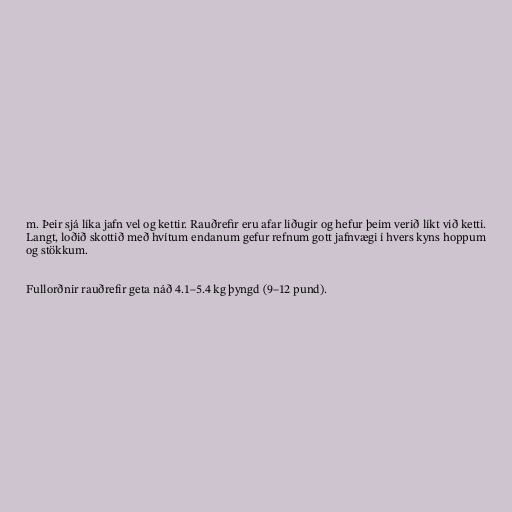
m. Þeir sjá líka jafn vel og kettir. Rauðrefir eru afar liðugir og hefur þeim verið líkt við ketti.
Langt, loðið skottið með hvítum endanum gefur refnum gott jafnvægi í hvers kyns hoppum
og stökkum.

Fullorðnir rauðrefir geta náð 4.1–5.4 kg þyngd (9–12 pund).